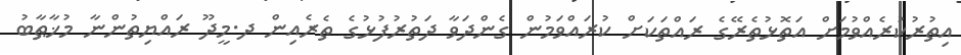
އިތުރުކުރެއްވުމަށް އަތޮޅުތެރޭގެ ރައްތަކަށް ކުރައްވަމުން ގެންދަވާ ދަތުރުފުޅުގެ ތެރެއިން ދ.މީދޫ ރައްޔިތުންނާ މުޚާޠާބު